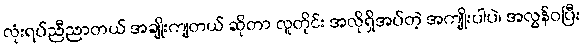
လုံးရပ်ညီညာတယ် အချိုးကျတယ် ဆိုတာ လူတိုင်း အလိုရှိအပ်တဲ့ အကျိုးပါပဲ၊ အလွန်ဝပြီး